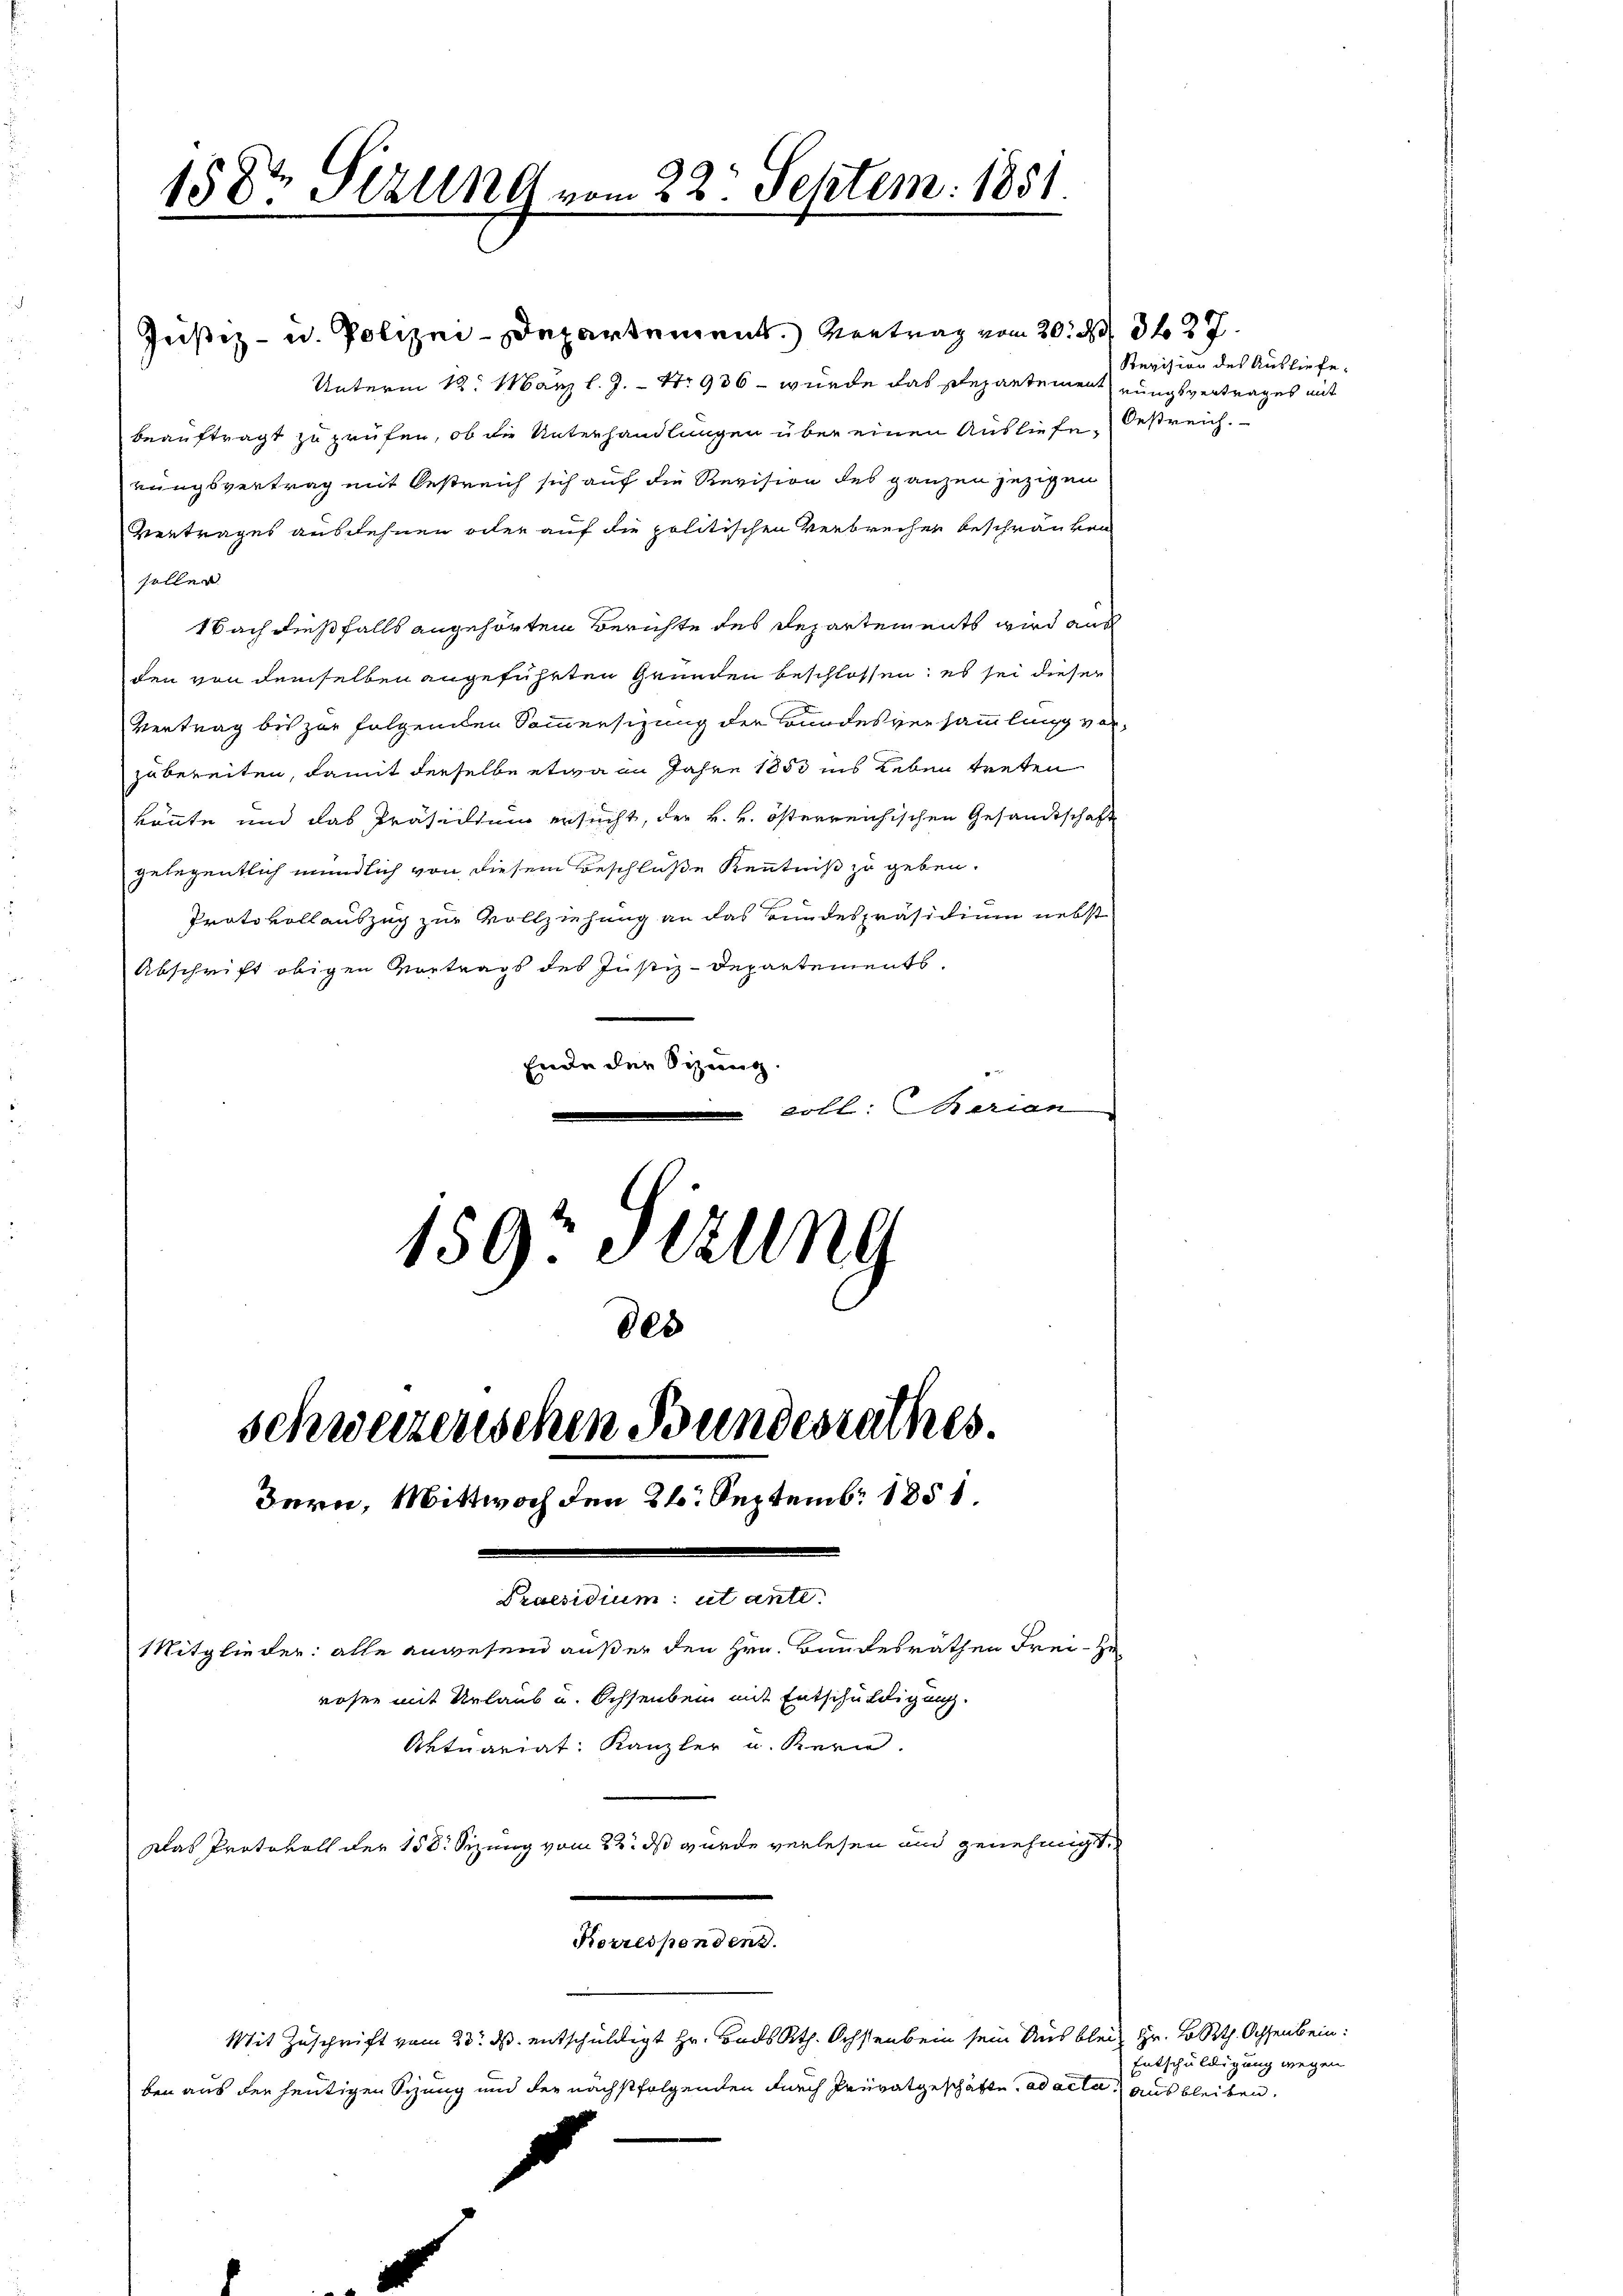
158te Sizung vom 22. Septem: 1851.

Justiz- u. Polizei-Departement.) Vertrag vom 20. 89. 327.
Unterm 12. März l. J. Nr. 936 - wurde das Repartement nungsvertrages mit
beauftragt zu prüfen, ob die Unterhandlungen über einen Ausliefe Oestreich
rungsvertrag mit Oestreich sich auf die Revision des ganzen jezigen
Vertrages ausdehnen eiter auf die politischen Verbrechen beschränken
solle
1bach dießfalls angehörtem Berichte des Departements wird aus
den von demselben angeführten Grunden beschlossen; es sei dieser
Vertrag bis zur folgenden Sommersizung der Bundesversammlung vorzubereiten, damit derselbe etwa an Jahre 1883 ins Leben treten
könnte und das Präsidium ersucht, der k. k. österreichischen Gesandtschaft
gelegentlich mündlich von diesem Beschlüße Kenntniß zu geben.
Protokollauszug zur Vollziehung an das Bundespräsidium nebst
Abschrift obigen Vortrags des Justiz-Departements
Ende der Sitzung.
eobl. Marian
159. Sitzung
des
schweizerischen Bundesrathes.
Bern, Mittwoch den 26. Septemb. 1851.

Praesidium ut ante
Mitglieder: alle anwesend außer den Hrn. Bandesräthen Frei- zu
rosen mit Urlaub u. Ochsenbein mit Entschuldigung.
Aktuariat Kanzler u. Bern.
Das Protokoll der 158. Sizung vom 22. ds wurde verlesen und genehmigt.
Korrespondens.

Mit Zuschrift vom 23. ds. entschuldigt Hr. Bads Rth. Ochsenbein sein Ausb
ben aus den heutigen Sitzung und der nächstfolgenden durch Privatgeschäfte, ad act

Revision des Ausliefe,

Klein Hr. Lokth. Ochsenbein:
Entschuldigung wegen
a) ausbleiben.